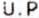
U.P